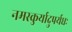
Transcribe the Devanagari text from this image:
नमस्कुर्यादुपर्यधः